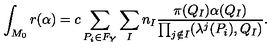
\int _ { M _ { 0 } } r ( \alpha ) = c \sum _ { P _ { i } \in F _ { Y } } \sum _ { I } n _ { I } \frac { \pi ( Q _ { I } ) \alpha ( Q _ { I } ) } { \prod _ { j \notin I } ( \lambda ^ { j } ( P _ { i } ) , Q _ { I } ) } .